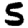
Digit: 5